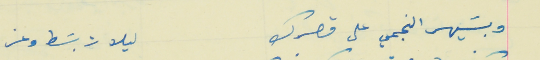
وبسَيهر النجمي على قصرك                                     ليلات بسَط وعز